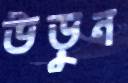
উড়ুন